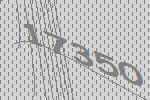
17350